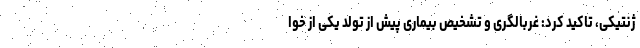
ژنتیکی، تاکید کرد: غربالگری و تشخیص بیماری پیش از تولد یکی از خوا